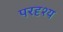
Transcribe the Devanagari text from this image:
परदृश्य